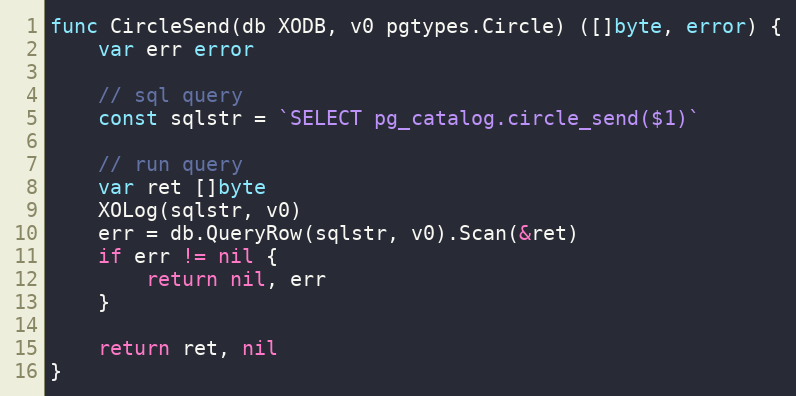
Language: Go
func CircleSend(db XODB, v0 pgtypes.Circle) ([]byte, error) {
	var err error

	// sql query
	const sqlstr = `SELECT pg_catalog.circle_send($1)`

	// run query
	var ret []byte
	XOLog(sqlstr, v0)
	err = db.QueryRow(sqlstr, v0).Scan(&ret)
	if err != nil {
		return nil, err
	}

	return ret, nil
}